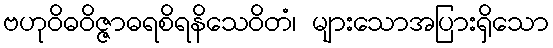
ဗဟုဝိဓဝိဇ္ဇာဓရစိရနိသေဝိတံ၊ များသောအပြားရှိသော